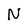
Character: N